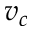
v _ { c }